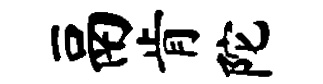
鬲肯陀